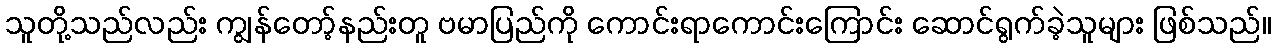
သူတို့သည်လည်း ကျွန်တော့်နည်းတူ ဗမာပြည်ကို ကောင်းရာကောင်းကြောင်း ဆောင်ရွက်ခဲ့သူများ ဖြစ်သည်။